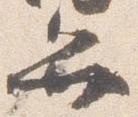
弁